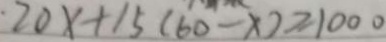
2 0 x + 1 5 ( 6 0 - x ) \geq 1 0 0 0